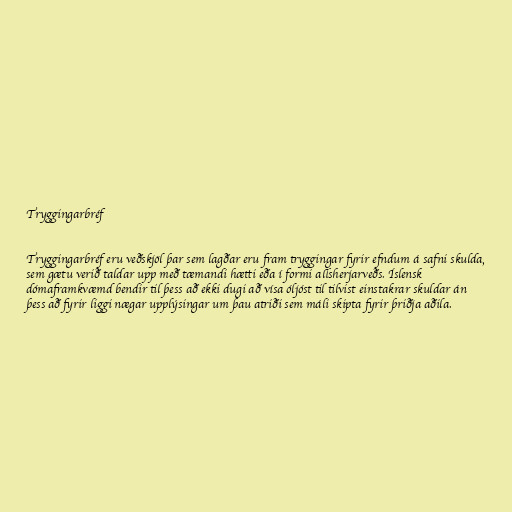
Tryggingarbréf

Tryggingarbréf eru veðskjöl þar sem lagðar eru fram tryggingar fyrir efndum á safni skulda,
sem gætu verið taldar upp með tæmandi hætti eða í formi allsherjarveðs. Íslensk
dómaframkvæmd bendir til þess að ekki dugi að vísa óljóst til tilvist einstakrar skuldar án
þess að fyrir liggi nægar upplýsingar um þau atriði sem máli skipta fyrir þriðja aðila.